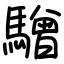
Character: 驓